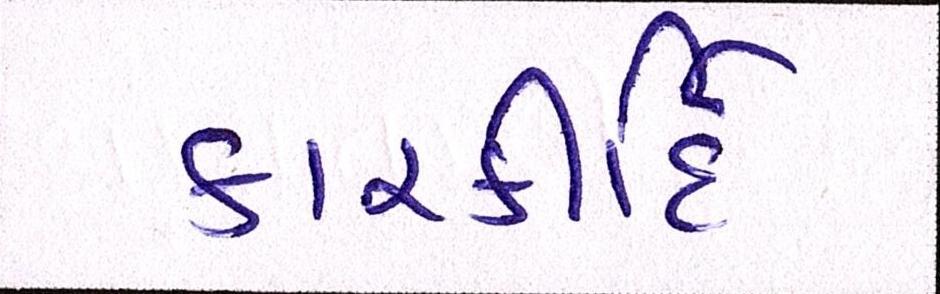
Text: કારકીર્દિ